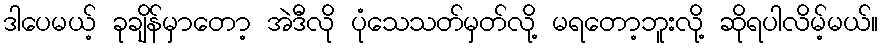
ဒါပေမယ့် ခုချိန်မှာတော့ အဲဒီလို ပုံသေသတ်မှတ်လို့ မရတော့ဘူးလို့ ဆိုရပါလိမ့်မယ်။